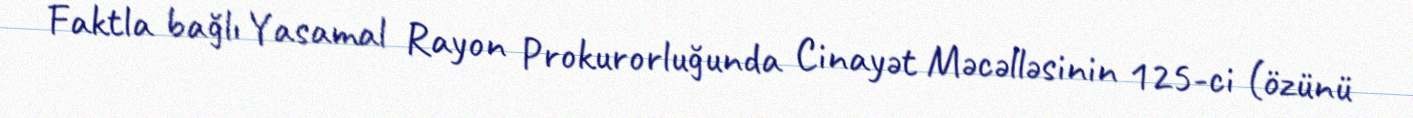
Faktla bağlı Yasamal Rayon Prokurorluğunda Cinayət Məcəlləsinin 125-ci (özünü